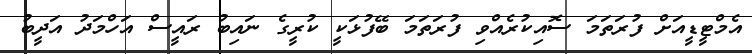
އެމްޓީޑީއަށް ފުރަތަމަ ސޮއިކުރެއްވި ފުރަތަމަ ބޭފުޅަކީ ކުރީގެ ނައިބު ރައީސް އަހްމަދު އަދީބު